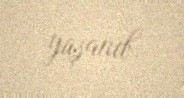
yaşanıb.